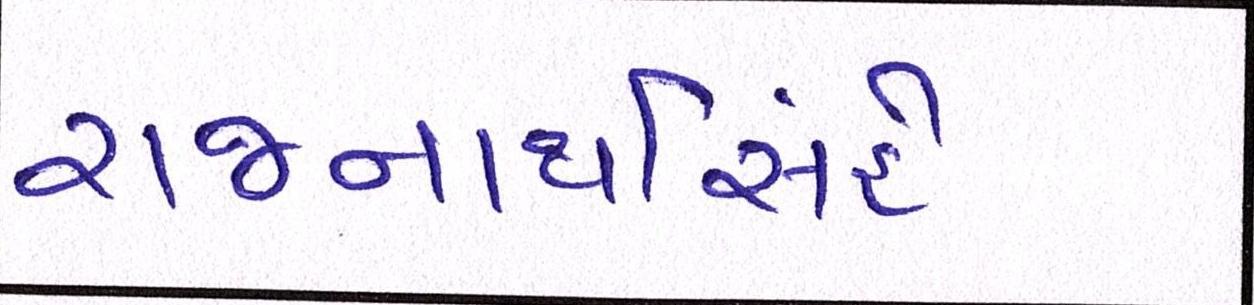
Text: રાજનાથસિંહે